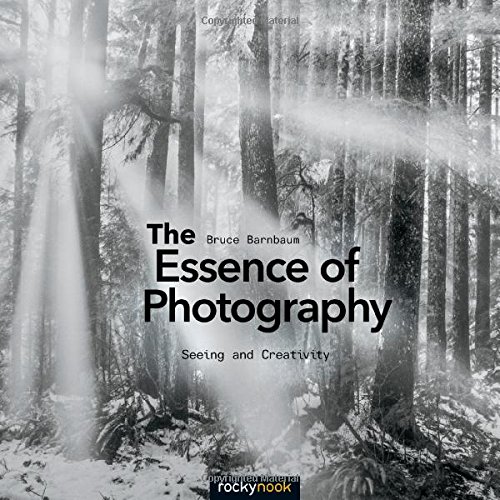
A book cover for The Essence of Photography: Seeing and Creativity; Bruce Barnbaum; Arts & Photography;